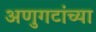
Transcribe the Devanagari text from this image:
अणुगटांच्या